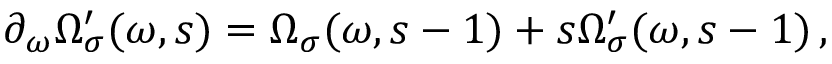
\partial _ { \omega } \Omega _ { \sigma } ^ { \prime } ( \omega , s ) = \Omega _ { \sigma } ( \omega , s - 1 ) + s \Omega _ { \sigma } ^ { \prime } ( \omega , s - 1 ) \, ,